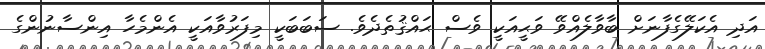
އަދި އެކަލޭގެފާނަށް ބާވާލެއްވޭ ވަޙީއަކީ ވެސް ޙައްޤުތެދެވެ. ސަބަބަކީ މިފަރުވާއަކީ އެންމެހާ އިންސާނުންގެ